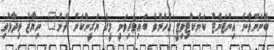
ބޭނުންވާނެ އިންޓަނެޓު ކަނެކްޓިވިޓީ އެހެންވެ ބައިވެރިވަނީ މީގެ ޔަގީންކަން ދޭން" ނިޔާޒު ވިދާޅުވި